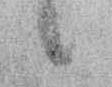
候